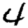
Digit: 4